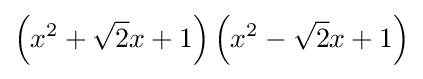
\left(x^{2}+{\sqrt {2}}x+1\right)\left(x^{2}-{\sqrt {2}}x+1\right)